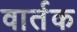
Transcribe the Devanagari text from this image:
वार्तक